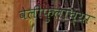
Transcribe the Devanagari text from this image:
वेलीफुलांच्या